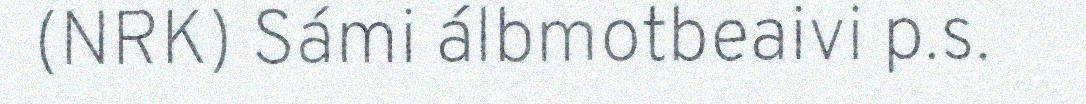
(NRK) Sámi álbmotbeaivi p.s.